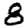
Digit: 8